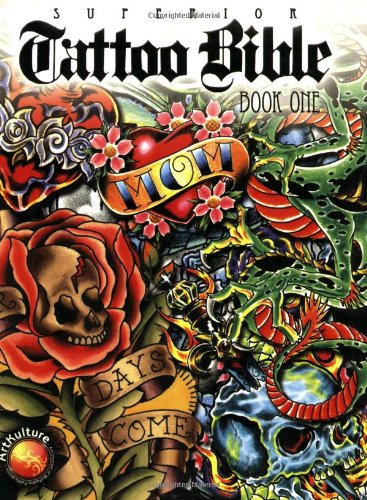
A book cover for Superior Tattoo Bible: Book One; Arts & Photography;